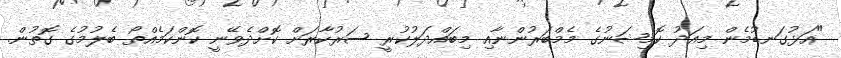
"އަޅުގަނޑުމެން މިއަދު ކޮމިޝަނުގެ މެމްބަރުންނާއި މިބައްދަލުކުރީ ސަރުކާރަށް ކޮށްދެވޭނީ ކޮންކަމެއްތޯ ބެލުމުގެ ގޮތުން.